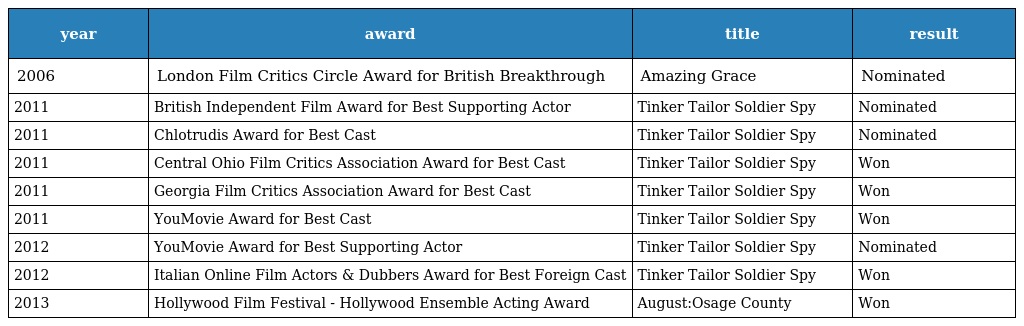
| year | award | title | result |
 | --- | --- | --- | --- |
 | 2006 | London Film Critics Circle Award for British Breakthrough | Amazing Grace | Nominated |
 | 2011 | British Independent Film Award for Best Supporting Actor | Tinker Tailor Soldier Spy | Nominated |
 | 2011 | Chlotrudis Award for Best Cast | Tinker Tailor Soldier Spy | Nominated |
 | 2011 | Central Ohio Film Critics Association Award for Best Cast | Tinker Tailor Soldier Spy | Won |
 | 2011 | Georgia Film Critics Association Award for Best Cast | Tinker Tailor Soldier Spy | Won |
 | 2011 | YouMovie Award for Best Cast | Tinker Tailor Soldier Spy | Won |
 | 2012 | YouMovie Award for Best Supporting Actor | Tinker Tailor Soldier Spy | Nominated |
 | 2012 | Italian Online Film Actors & Dubbers Award for Best Foreign Cast | Tinker Tailor Soldier Spy | Won |
 | 2013 | Hollywood Film Festival - Hollywood Ensemble Acting Award | August:Osage County | Won |